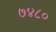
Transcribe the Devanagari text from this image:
७४८०